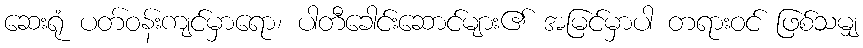
ဆေးရုံ ပတ်ဝန်းကျင်မှာရော၊ ပါတီခေါင်းဆောင်များ၏ အမြင်မှာပါ တရားဝင် ဖြစ်သမျှ